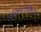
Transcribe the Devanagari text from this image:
अस्थिभंगचिकित्सा